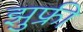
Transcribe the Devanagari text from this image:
झुफ्री